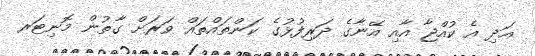
އަދި އެ ކުއްޖާ އާއި އޭނާގެ ދަރިފުޅުގެ ކަންތައްތައް ވަރަށް ގާތުން މޮނިޓަރ